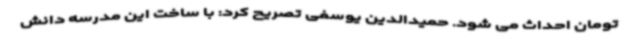
تومان احداث می شود. حمیدالدین یوسفی تصریح کرد: با ساخت این مدرسه دانش